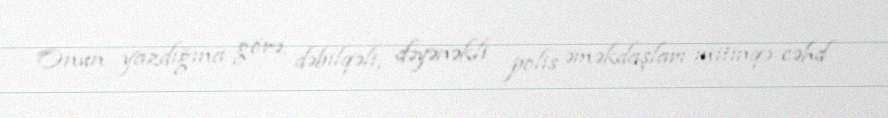
Onun yazdığına görə, dəbilqəli, dəyənəkli polis əməkdaşları mitinqə cəhd